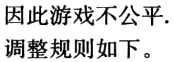
因此游戏不公平.
调整规则如下。